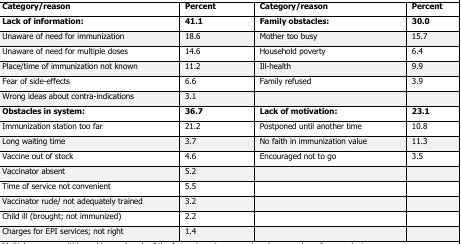
| Category/reason | Percent | Category/reason | Percent |
 | --- | --- | --- | --- |
 | Lack of information: | 41.1 | Family obstacles: | 30.0 |
 | Unaware of need for immunization | 18.6 | Mother too busy | 15.7 |
 | Unaware of need for multiple doses | 14.6 | Household poverty | 6.4 |
 | Place/time of immunization not known | 11.2 | Ill-health | 9.9 |
 | Fear of side-effects | 6.6 | Family refused | 3.9 |
 | Wrong ideas about contra-indications | 3.1 |  |  |
 | Obstacles in system: | 36.7 | Lack of motivation: | 23.1 |
 | Immunization station too far | 21.2 | Postponed until another time | 10.8 |
 | Long waiting time | 3.7 | No faith in immunization value | 11.3 |
 | Vaccine out of stock | 4.6 | Encouraged not to go | 3.5 |
 | Vaccinator absent | 5.2 |  |  |
 | Time of service not convenient | 5.5 |  |  |
 | Vaccinator rude/ not adequately trained | 3.2 |  |  |
 | Child ill (brought; not immunized) | 2.2 |  |  |
 | Charges for EPI services; not right | 1.4 |  |  |